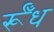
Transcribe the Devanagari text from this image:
र्रूँध